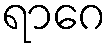
ရာဂေ